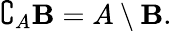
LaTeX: \complement_{A}\mathbf{B}=A\setminus\mathbf{B}.